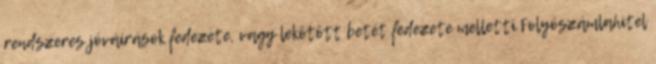
rendszeres jóváírások fedezete, vagy lekötött betét fedezete melletti Folyószámlahitel